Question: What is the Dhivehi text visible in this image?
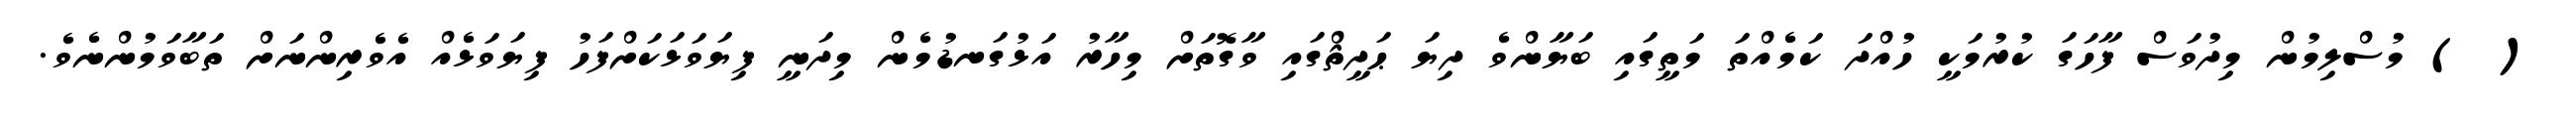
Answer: ( ) މުސްލިމުން މިދުވަސް ފާހަގަ ކުރުމަކީ ހުއްދަ ކަމެއްތަ މަތީގައި ބަޔާންވެ ދިޔަ ޙަދީޘްގައި ވާގޮތަށް މިހާރު އަޅުގަނޑުމެން މިދަނީ ފިޔަވަޅަކަށްފަހު ފިޔަވަޅެއް އެވެރިންނަށް ތަބާވަމުންނެވެ.